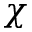
\chi